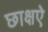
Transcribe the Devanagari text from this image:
छाक्षऐ